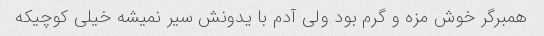
همبرگر خوش مزه و گرم بود ولی آدم با یدونش سیر نمیشه خیلی کوچیکه